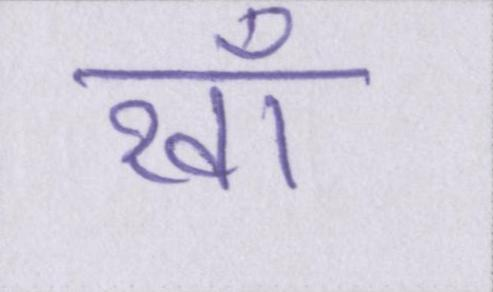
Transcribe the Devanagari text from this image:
रवाँ